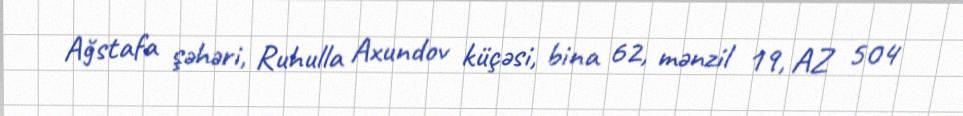
Ağstafa şəhəri, Ruhulla Axundov küçəsi, bina 62, mənzil 19, AZ 504